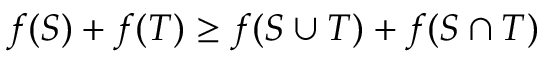
f ( S ) + f ( T ) \geq f ( S \cup T ) + f ( S \cap T )